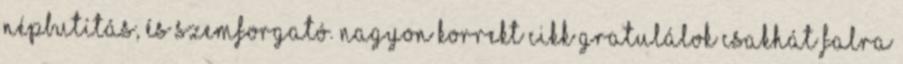
népbutítás, és szemforgató. Nagyon korrekt cikk Gratulálok Csakhát falra